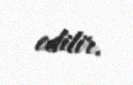
edilir.